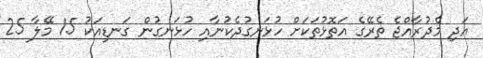
އަދި މެދުރާއްޖެ ތެރޭގެ އަތޮޅުތަކަށް ހުޅަނގުދެކުނާއި ހުޅަނގުން ގަނޑިއަކު 15 މޭލާ 25